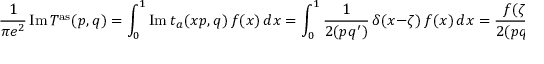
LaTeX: \frac 1 { \pi e ^ { 2 } } \, \mathrm { I m } \, T ^ { \mathrm { a s } } ( p , q ) = \int _ { 0 } ^ { 1 } \mathrm { I m } \ t _ { a } ( x p , q ) \, f ( x ) \, d x = \int _ { 0 } ^ { 1 } \frac { 1 } { 2 ( p q ^ { \prime } ) } \, \delta ( x - \zeta ) \, f ( x ) \, d x = \frac { f ( \zeta ) } { 2 ( p q ^ { \prime } ) } = \frac { 1 } { 2 ( p q ^ { \prime } ) } \, \frac { g ^ { 2 } } { 1 6 \pi ^ { 2 } m ^ { 2 } } ( 1 - \zeta ) \, .